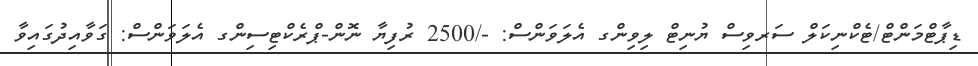
ޑިޕާޓްމަންޓް/ޓެކްނިކަލް ސަރވިސް ޔުނިޓް ލިވިންގ އެލަވަންސް: -/2500 ރުފިޔާ ނޮން-ޕްރެކްޓިސިންގ އެލަވަންސް: ގަވާއިދުގައިވާ